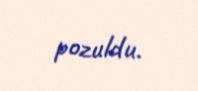
pozuldu.